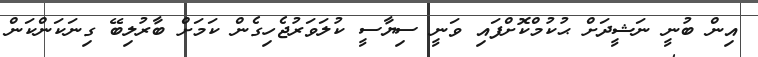
އިން ބުނީ ނަޝީދަށް ޙުކުމްކޮށްފައި ވަނީ ސިޔާސީ ކުލަވަރުޖެހިގެން ކަމަށް ބާރުލިބޭ ގިނަކަންކަން